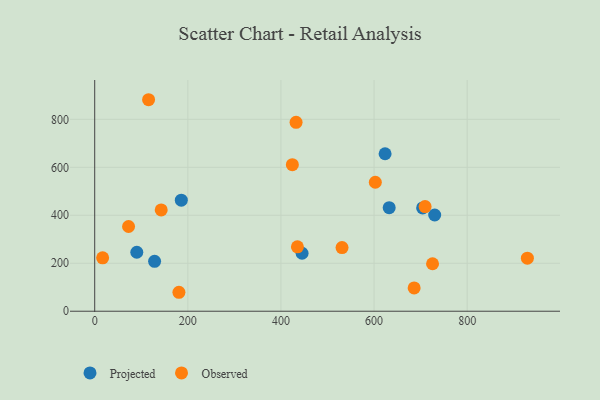
{"axis": {"x": "Study Hours", "y": "Sales"}, "legend": ["Observed", "Projected"], "data": [{"x": "704.3", "y": 430.8, "type": "Projected"}, {"x": "632.5", "y": 431.8, "type": "Projected"}, {"x": "186.0", "y": 463.0, "type": "Projected"}, {"x": "445.4", "y": 241.8, "type": "Projected"}, {"x": "730.2", "y": 401.2, "type": "Projected"}, {"x": "90.4", "y": 245.8, "type": "Projected"}, {"x": "128.6", "y": 208.0, "type": "Projected"}, {"x": "623.7", "y": 656.5, "type": "Projected"}, {"x": "17.0", "y": 222.5, "type": "Observed"}, {"x": "72.7", "y": 353.2, "type": "Observed"}, {"x": "115.7", "y": 881.8, "type": "Observed"}, {"x": "142.8", "y": 422.5, "type": "Observed"}, {"x": "725.6", "y": 198.0, "type": "Observed"}, {"x": "435.4", "y": 268.3, "type": "Observed"}, {"x": "686.1", "y": 97.1, "type": "Observed"}, {"x": "424.5", "y": 611.2, "type": "Observed"}, {"x": "929.3", "y": 221.2, "type": "Observed"}, {"x": "432.5", "y": 787.5, "type": "Observed"}, {"x": "709.6", "y": 436.2, "type": "Observed"}, {"x": "602.7", "y": 537.8, "type": "Observed"}, {"x": "531.2", "y": 265.4, "type": "Observed"}, {"x": "180.9", "y": 79.0, "type": "Observed"}]}